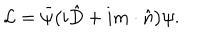
\hspace { 1 . 0 c m } { \cal L } = \bar { \psi } \big ( i \hat { D } + i m \cdot \hat { n } \big ) \psi .